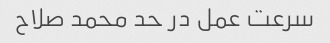
سرعت عمل در حد محمد صلاح